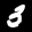
Label: 3